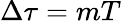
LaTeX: \Delta\tau=mT